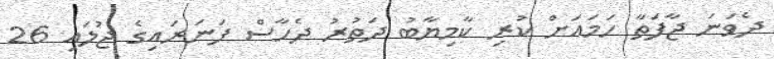
ދެވަނަ ޖާފަތާ ހަމައަށް ކުރި ކާމިޔާބު ދަތުރު ދެހާސް ފަނަރައިގެ ޖުލައި 26